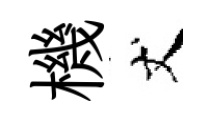
機丈